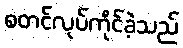
စတင်လုပ်ကိုင်ခဲ့သည်